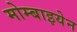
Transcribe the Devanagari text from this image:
मोम्बाइयेन